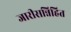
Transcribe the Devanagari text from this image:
जारीसन्निहित